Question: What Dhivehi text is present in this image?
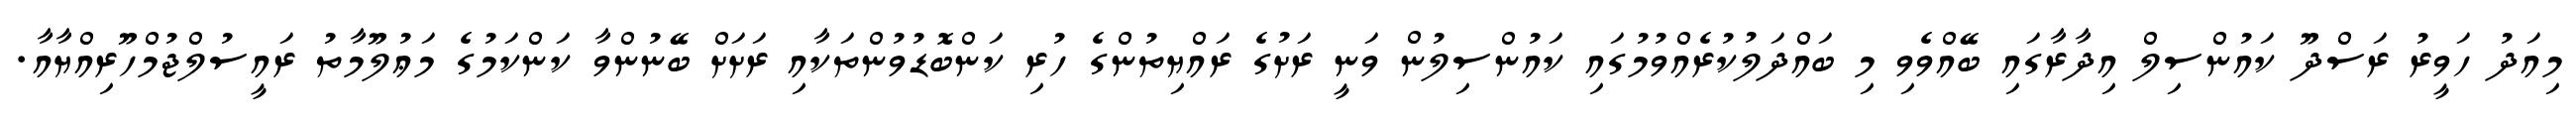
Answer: މިއަދު ހަވީރު ރަސްދޫ ކައުންސިލް އިދާރާގައި ބޭއްވެވި މި ބައްދަލުކުރެއްވުމުގައި ކައުންސިލުން ވަނީ ރަށުގެ ރައްޔިތުންގެ ހުރި ކަންބޮޑުވުންތަކާއި ރަށަށް ބޭނުންވާ ކަންކަމުގެ މަޢުލޫމާތު ރައީސުލްޖުމްހޫރިއްޔާއާ.